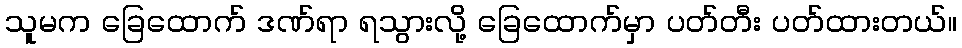
သူမက ခြေထောက် ဒဏ်ရာ ရသွားလို့ ခြေထောက်မှာ ပတ်တီး ပတ်ထားတယ်။